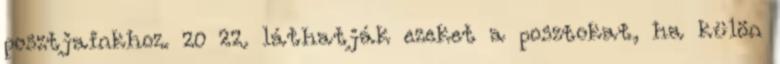
posztjainkhoz. 20 22. láthatják ezeket a posztokat, ha külön